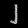
Digit: ၂